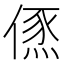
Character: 𠍪